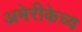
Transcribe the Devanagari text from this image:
अमेरीकेच्य